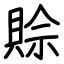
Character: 賒